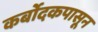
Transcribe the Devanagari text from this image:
कर्बोदकपासून